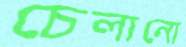
চেলানো